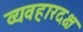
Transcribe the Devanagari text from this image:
व्यवहारदक्ष